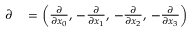
\begin{array} { r l } { { \boldsymbol { \partial } } } & { { } = \left( { \frac { \partial } { \partial x _ { 0 } } } , \, - { \frac { \partial } { \partial x _ { 1 } } } , \, - { \frac { \partial } { \partial x _ { 2 } } } , \, - { \frac { \partial } { \partial x _ { 3 } } } \right) } \end{array}